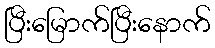
ပြီးမြောက်ပြီးနောက်